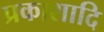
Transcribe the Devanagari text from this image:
प्रकाशादि